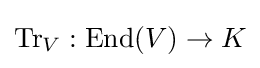
{\text{Tr}}_{V}:{\text{End}}(V)\rightarrow K